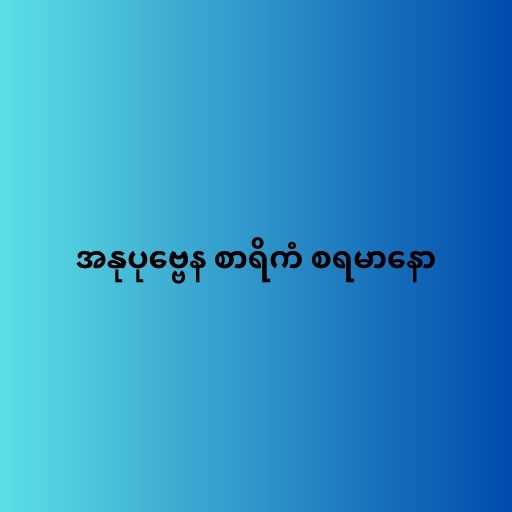
အနုပုဗ္ဗေန စာရိကံ စရမာနော